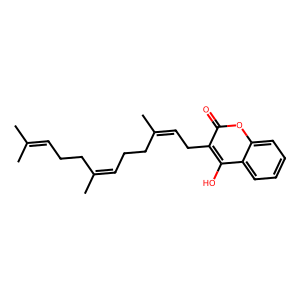
SMILES: CC(C)=CCCC(C)=CCCC(C)=CCc1c(O)c2ccccc2oc1=O
Inhibits HIV replication: No